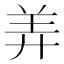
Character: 𬙬